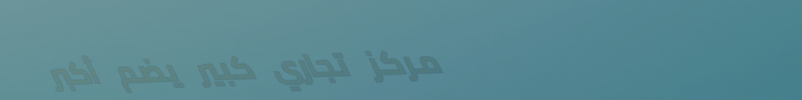
مركز تجاري كبير يضم أكبر